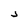
Character: J